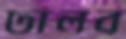
ঢালব